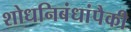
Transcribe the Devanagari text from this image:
शोधनिबंधांपैकी